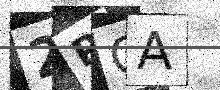
Text: 2PQA